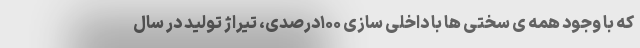
که با وجود همه ی سختی ها با داخلی سازی ۱۰۰درصدی، تیراژ تولید در سال